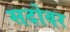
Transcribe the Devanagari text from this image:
सदोवर